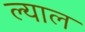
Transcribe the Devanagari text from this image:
ल्याल